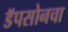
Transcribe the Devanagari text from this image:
डॅपसोनचा